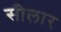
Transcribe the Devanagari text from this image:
सीलार